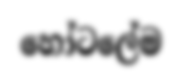
හෝටලේම